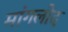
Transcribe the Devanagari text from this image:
मांगलोद